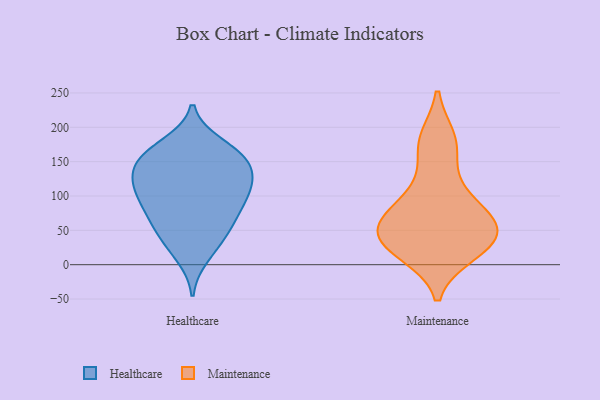
{"axis": {"x": "Conversion Rate (%)", "y": "Value"}, "legend": ["Healthcare", "Maintenance"], "data": [{"x": "", "y": 149, "type": "Healthcare"}, {"x": "", "y": 13, "type": "Healthcare"}, {"x": "", "y": 81, "type": "Healthcare"}, {"x": "", "y": 121, "type": "Healthcare"}, {"x": "", "y": 174, "type": "Healthcare"}, {"x": "", "y": 67, "type": "Healthcare"}, {"x": "", "y": 68, "type": "Healthcare"}, {"x": "", "y": 153, "type": "Healthcare"}, {"x": "", "y": 162, "type": "Healthcare"}, {"x": "", "y": 105, "type": "Healthcare"}, {"x": "", "y": 122, "type": "Healthcare"}, {"x": "", "y": 138, "type": "Healthcare"}, {"x": "", "y": 161, "type": "Healthcare"}, {"x": "", "y": 41, "type": "Healthcare"}, {"x": "", "y": 104, "type": "Healthcare"}, {"x": "", "y": 39, "type": "Healthcare"}, {"x": "", "y": 104, "type": "Healthcare"}, {"x": "", "y": 173, "type": "Maintenance"}, {"x": "", "y": 182, "type": "Maintenance"}, {"x": "", "y": 18, "type": "Maintenance"}, {"x": "", "y": 50, "type": "Maintenance"}, {"x": "", "y": 61, "type": "Maintenance"}, {"x": "", "y": 113, "type": "Maintenance"}, {"x": "", "y": 40, "type": "Maintenance"}, {"x": "", "y": 29, "type": "Maintenance"}, {"x": "", "y": 79, "type": "Maintenance"}, {"x": "", "y": 30, "type": "Maintenance"}, {"x": "", "y": 72, "type": "Maintenance"}]}